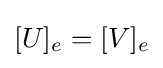
[U]_{e}=[V]_{e}